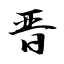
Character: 晋